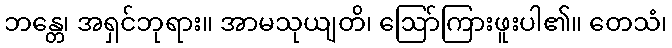
ဘန္တေ၊ အရှင်ဘုရား။ အာမသုယျတိ၊ ဩော်ကြားဖူးပါ၏။ တေသံ၊